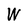
Character: W